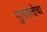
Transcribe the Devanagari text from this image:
गुणवत्‍तेचा